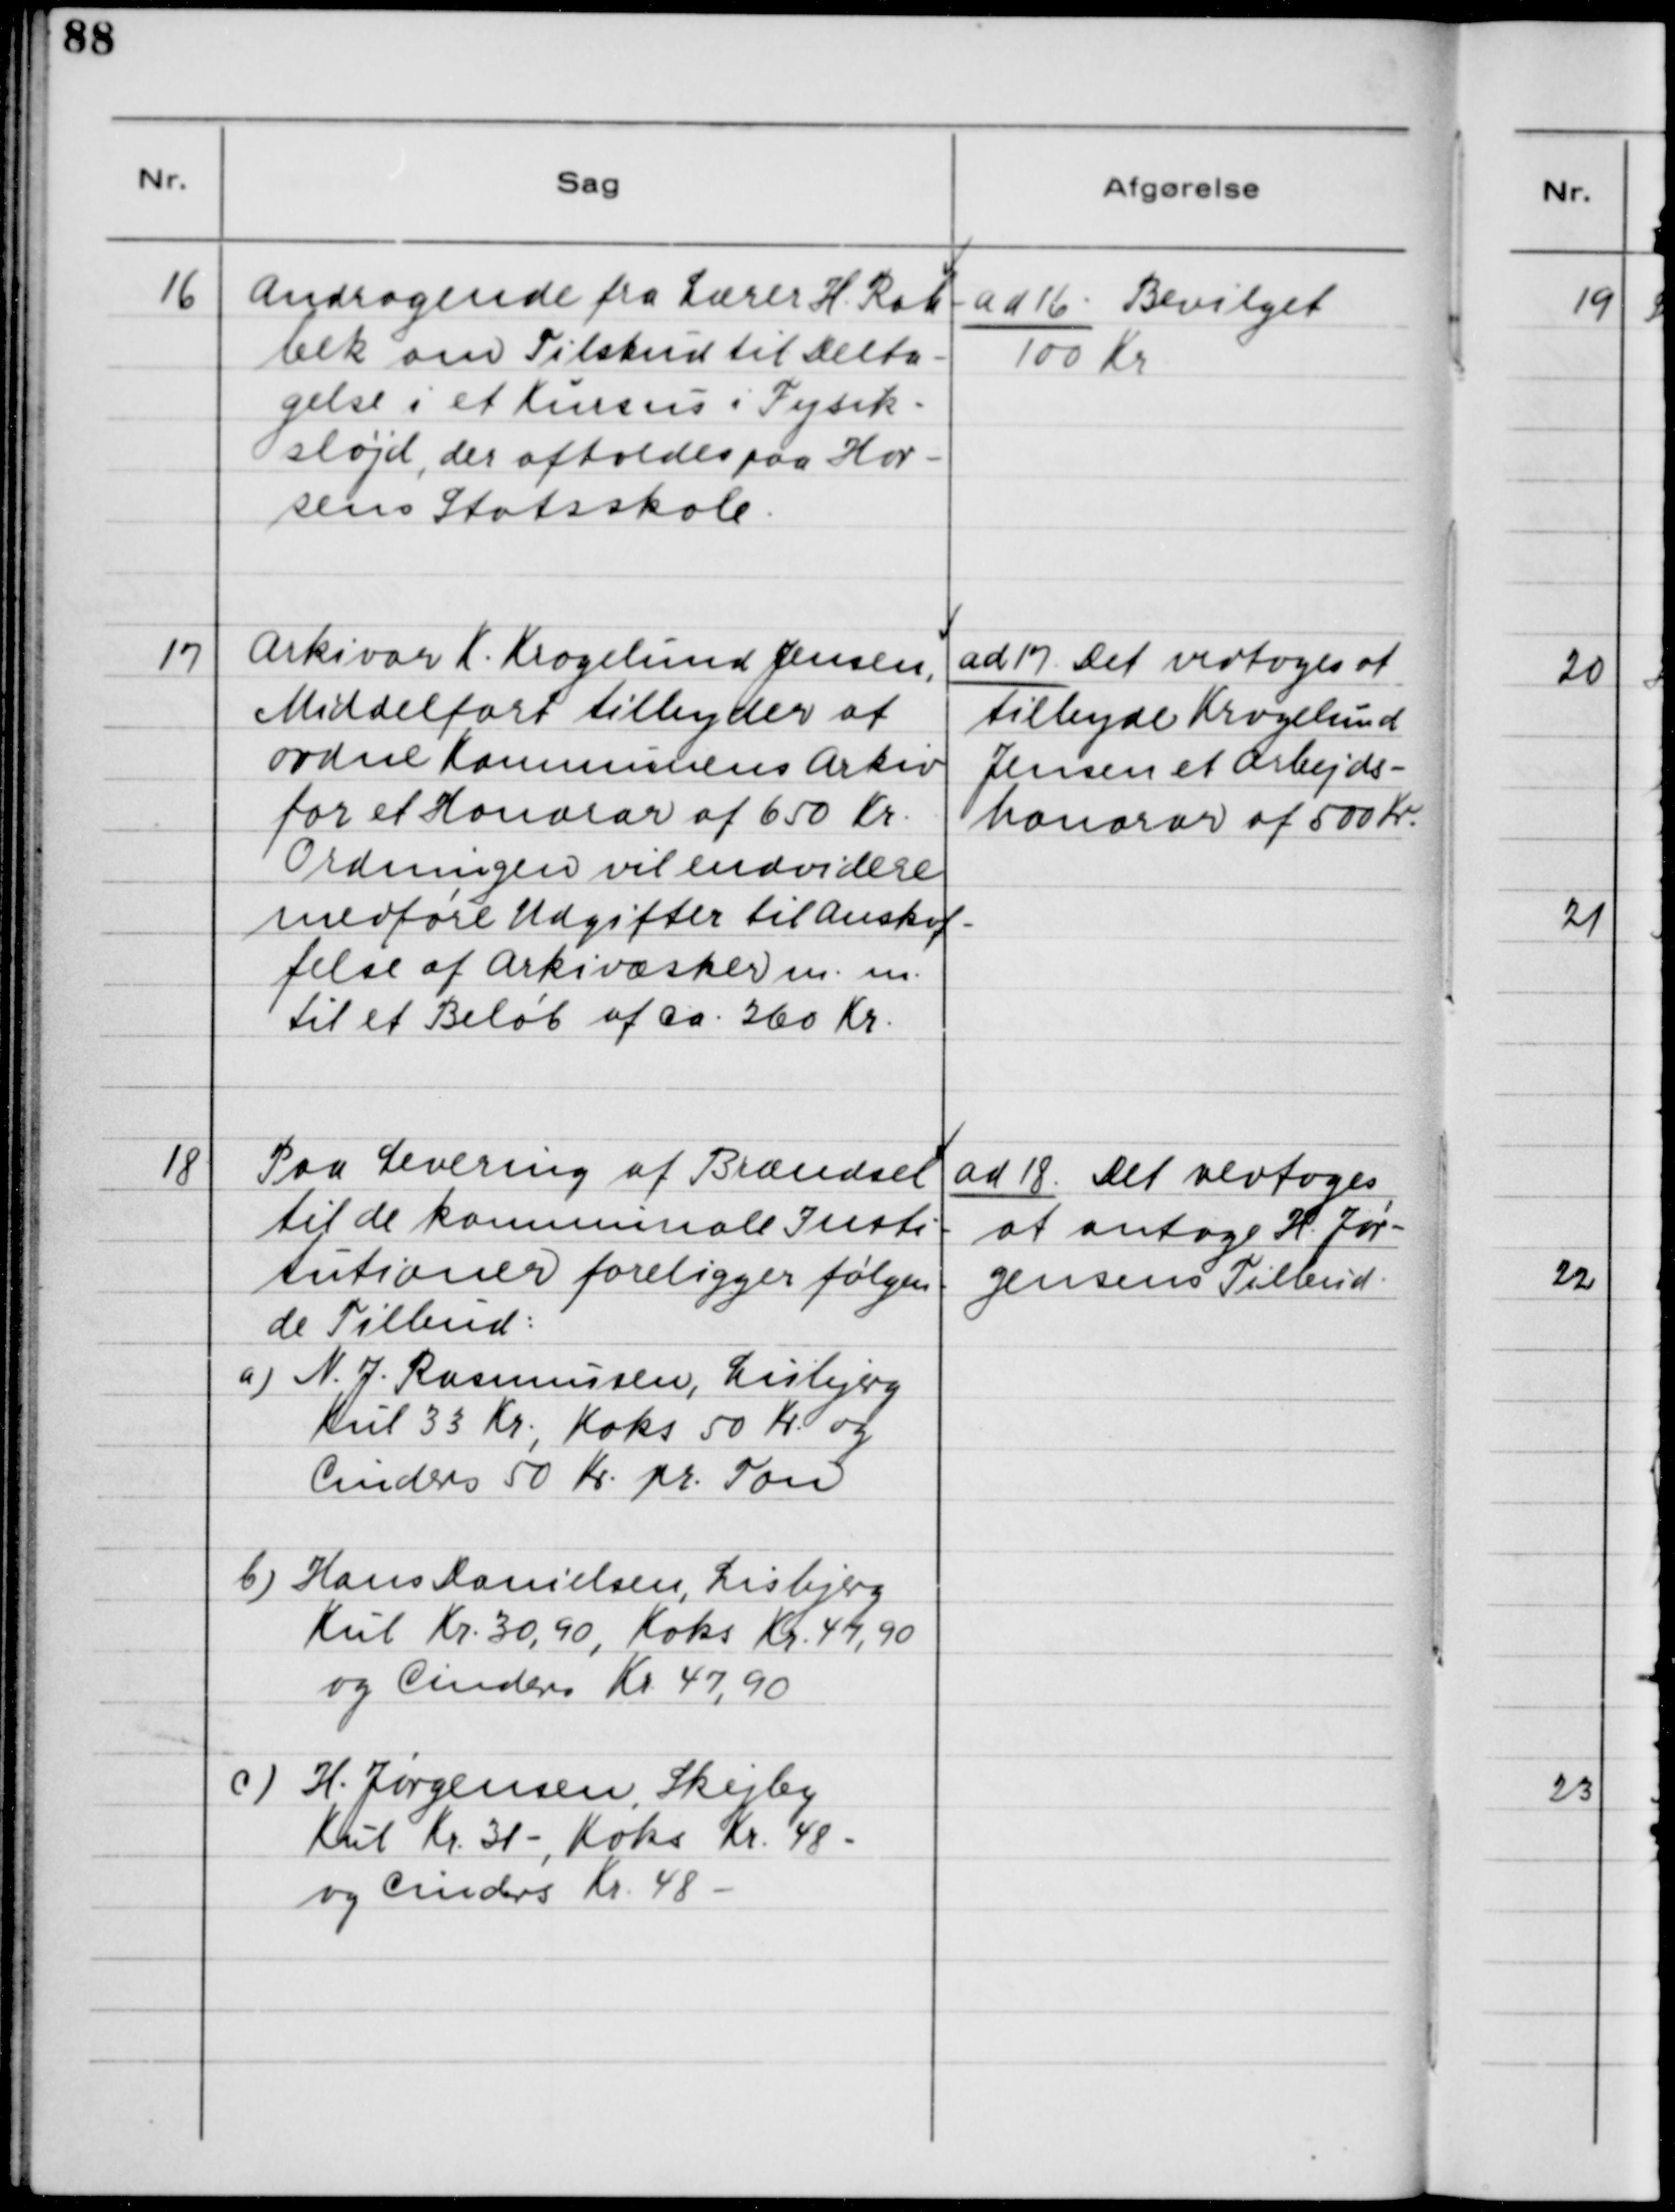
Transskription:
16. Andragende fra Lærer H. Rah-
bek om Tilskud til Delta-
gelse i et Kursus i Fysik-
sløjd, der afholdes paa Hor-
sens Statsskole.

ad 16. Bevilget
100 Kr.

17. Arkivar K. Kragelund Jensen,
Middelfart tilbyder at
ordne Kommunens Arkiv
for et Honorar af 650 Kr.
Ordningen vil endvidere
medføre Udgifter til Anskaf-
felse af Arkivæsker m.m.
til et Beløb af Ca. 260 Kr.

ad 17. Det vedtoges at
tilbyde Kragelund
Jensen et Arbejds-
honorar af 500 Kr.

18. Paa Levering af Brændsel
til de kommunale Insti-
tutioner foreligger følgen-
de Tilbud:
a) N. J. Rasmussen, Lisbjerg.
Kul 33 Kr., Koks 50 Kr. og
Cinders 50 Kr. pr. Ton.
b) Hans Danielsen, Lisbjerg.
Kul Kr. 30,90, Koks Kr. 47,90
og Cinders Kr. 47,90.
c) H. Jørgensen, Skejby.
Kul Kr. 31 -, Koks Kr. 48 -
og Cinders Kr. 48 -

ad 18. Det vedtoges
at antage H. Jør-
gensens Tilbud.